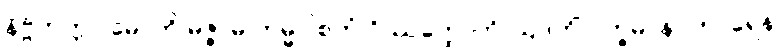
နိဗ္ဗိတက္ကာ မောတိ မဇ္ဇာမိ ကမ္မဝါစကံ ဝိဿတ္ထောတိ ဩဒဟိံ ဝက္ခမာနပ္ပကာရေန